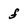
Character: f